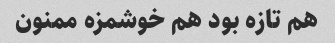
هم تازه بود هم خوشمزه ممنون